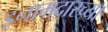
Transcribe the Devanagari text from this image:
इनामदारच्या